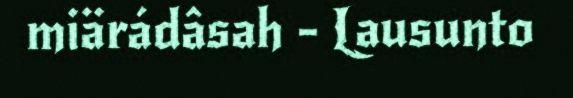
miärádâsah - Lausunto